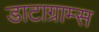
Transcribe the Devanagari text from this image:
डाटाग्राम्स